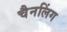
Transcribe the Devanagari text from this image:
चैनलिंग